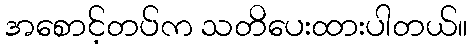
အစောင့်တပ်က သတိပေးထားပါတယ်။